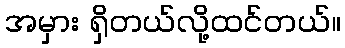
အမှား ရှိတယ်လို့ထင်တယ်။